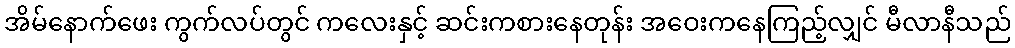
အိမ်နောက်ဖေး ကွက်လပ်တွင် ကလေးနှင့် ဆင်းကစားနေတုန်း အဝေးကနေကြည့်လျှင် မီလာနီသည်